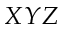
X Y Z